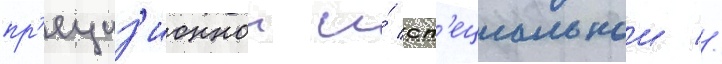
пр'ециз'ионнои и́ сп'ециальнои //